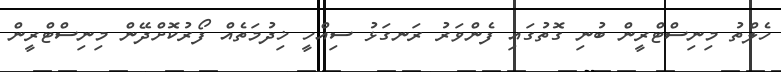
ހެލްތު މިނިސްޓްރީން ބުނި ގޮތުގައި ފެންވަރު ރަނގަޅު ސިއްހީ ޚިދުމަތެއް ފޯރުކޮށްދޭން މިނިސްޓްރީން